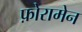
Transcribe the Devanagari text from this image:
फ़ोरामेन